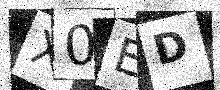
Text: X0ED